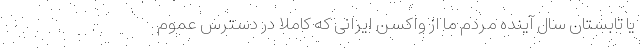
یا تابستان سال آینده مردم ما از واکسن ایرانی که کاملا در دسترس عموم